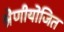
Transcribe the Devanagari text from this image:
श्रेणीयोजित